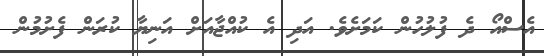
އެސްއޯ ދެ ފުލުހުން ކަމަށެވެ. އަދި އެ ކުއްޖާއަށް އަނިޔާ ކުރަން ފެށުމުން